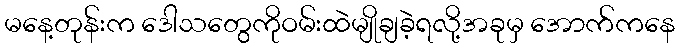
မနေ့တုန်းက ဒေါသတွေကိုဝမ်းထဲမျိုချခဲ့ရလို့အခုမှ အောက်ကနေ